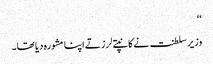
‘‘
وزیر سلطنت نے کانپتے لرزتے اپنا مشورہ دیا تھا۔